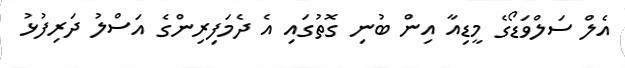
އެލް ސަލްވަޑޯގެ މީޑިއާ އިން ބުނި ގޮތުގައި އެ ދެމަފިރިންގެ އަސްލު ދަރިފުޅު